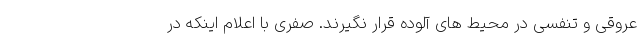
عروقی و تنفسی در محیط های آلوده قرار نگیرند. صفری با اعلام اینکه در